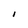
Character: I